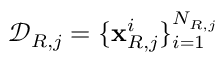
\mathcal { D } _ { R , j } = \{ \mathbf { x } _ { R , j } ^ { i } \} _ { i = 1 } ^ { N _ { R , j } }